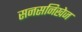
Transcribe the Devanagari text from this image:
सनसनिखेज